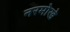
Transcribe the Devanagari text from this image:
नरमोखे